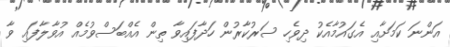
އަންނަ ކަމަށާއި އެގައުމާއެކު ދިވެހި ސަރުކާރުން ހަދާފައިވާ ތިން އެއްބަސްވުމެއް އުވާލާފައި ވާ